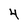
Character: 4